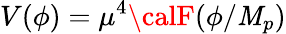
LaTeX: V(\phi)=\mu^{4}{\calF}(\phi/\mathit{M}_{p})